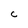
Character: C